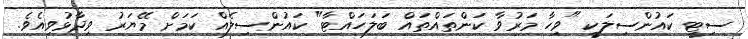
ސިޓީ ކައުންސިލަކީ "ވިހާ މަރުވާ ކަންތައްތައް ބަލަހައްޓާ" ކައުންސިލެއް ކަމަށް މޭޔަރު ވިދާޅުވިއެވެ.